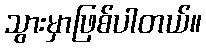
သွားမှာဖြစ်ပါတယ်။